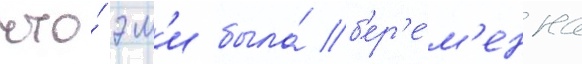
что́ эм'и была́ б'ер'е́м'енна